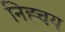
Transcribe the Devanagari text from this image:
निह्चय